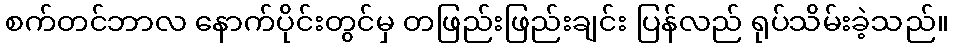
စက်တင်ဘာလ နောက်ပိုင်းတွင်မှ တဖြည်းဖြည်းချင်း ပြန်လည် ရုပ်သိမ်းခဲ့သည်။